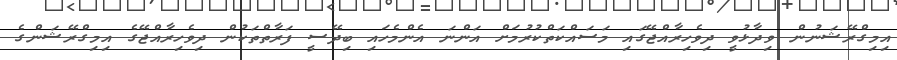
އިމިގްރޭޝަނުން ވިދާޅުވީ ދިވެހިރާއްޖޭގައި މަސައްކަތްކުރުމަށް އަންނަ އެންމެހައި ބިދޭސީ ފަރާތްތަކުން ދިވެހިރާއްޖޭގެ އިމިގްރޭޝަންގެ